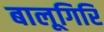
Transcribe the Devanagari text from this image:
बालूगिरि